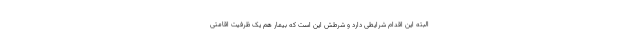
البته این اقدام شرایطی دارد و شرطش این است که بیمار هم یک ظرفیت اقامتی